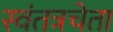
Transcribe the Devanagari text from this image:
स्वंतत्रचेता